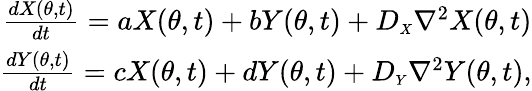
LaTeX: \begin{array}{r}{\frac{dX(\theta,t)}{dt}=aX(\theta,t)+bY(\theta,t)+D_{\scriptscriptstyle{X}}\nabla^{2}X(\theta,t)}\\ {\frac{dY(\theta,t)}{dt}=cX(\theta,t)+dY(\theta,t)+D_{\scriptscriptstyle{Y}}\nabla^{2}Y(\theta,t),}\end{array}